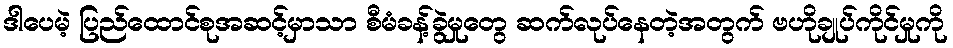
ဒါပေမဲ့ ပြည်ထောင်စုအဆင့်မှာသာ စီမံခန့်ခွဲမှုတွေ ဆက်လုပ်နေတဲ့အတွက် ဗဟိုချုပ်ကိုင်မှုကို